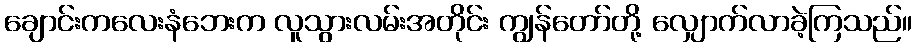
ချောင်းကလေးနံဘေးက လူသွားလမ်းအတိုင်း ကျွန်တော်တို့ လျှောက်လာခဲ့ကြသည်။